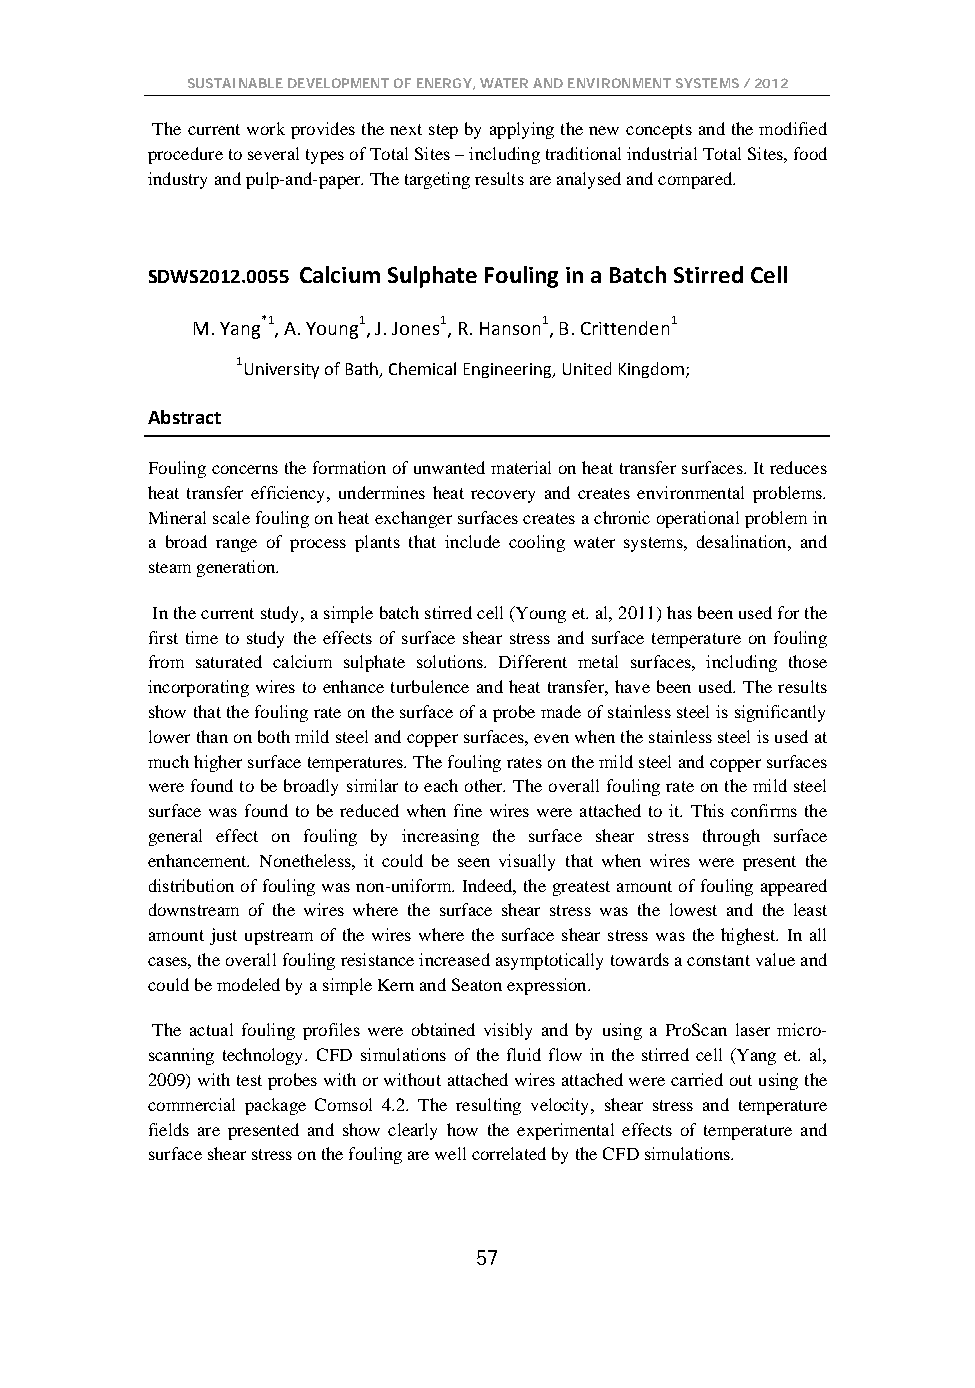
SUSTAINABLE DEVELOPMENT OF ENERGY, WATER AND ENVIRONMENT SYSTEMS / 2012
 The current work provides the next step by applying the new concepts and the modified
 procedure to several types of Total Sites – including traditional industrial Total Sites, food
 industry and pulp-and-paper. The targeting results are analysed and compared.
 SDWS2012.0055 Calcium Sulphate Fouling in a Batch Stirred Cell
 M. Yang*1, A. Young1, J. Jones1, R. Hanson1, B. Crittenden1
 1University of Bath, Chemical Engineering, United Kingdom;
 Abstract
 Fouling concerns the formation of unwanted material on heat transfer surfaces. It reduces
 heat transfer efficiency, undermines heat recovery and creates environmental problems.
 Mineral scale fouling on heat exchanger surfaces creates a chronic operational problem in
 a broad range of process plants that include cooling water systems, desalination, and
 steam generation.
 In the current study, a simple batch stirred cell (Young et. al, 2011) has been used for the
 first time to study the effects of surface shear stress and surface temperature on fouling
 from saturated calcium sulphate solutions. Different metal surfaces, including those
 incorporating wires to enhance turbulence and heat transfer, have been used. The results
 show that the fouling rate on the surface of a probe made of stainless steel is significantly
 lower than on both mild steel and copper surfaces, even when the stainless steel is used at
 much higher surface temperatures. The fouling rates on the mild steel and copper surfaces
 were found to be broadly similar to each other. The overall fouling rate on the mild steel
 surface was found to be reduced when fine wires were attached to it. This confirms the
 general effect on fouling by increasing the surface shear stress through surface
 enhancement. Nonetheless, it could be seen visually that when wires were present the
 distribution of fouling was non-uniform. Indeed, the greatest amount of fouling appeared
 downstream of the wires where the surface shear stress was the lowest and the least
 amount just upstream of the wires where the surface shear stress was the highest. In all
 cases, the overall fouling resistance increased asymptotically towards a constant value and
 could be modeled by a simple Kern and Seaton expression.
 The actual fouling profiles were obtained visibly and by using a ProScan laser micro-
 scanning technology. CFD simulations of the fluid flow in the stirred cell (Yang et. al,
 2009) with test probes with or without attached wires attached were carried out using the
 commercial package Comsol 4.2. The resulting velocity, shear stress and temperature
 fields are presented and show clearly how the experimental effects of temperature and
 surface shear stress on the fouling are well correlated by the CFD simulations.
 57